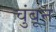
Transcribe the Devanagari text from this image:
चुंबून